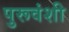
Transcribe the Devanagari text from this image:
पुरूवंशी